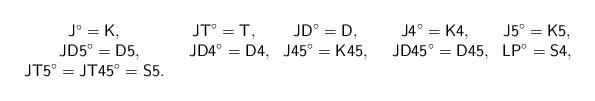
LaTeX: \begin{align*}\begin{array}{ccccc} {\sf J}^\circ={\sf K}, & {\sf JT}^\circ={\sf T}, & {\sf JD}^\circ={\sf D}, & {\sf J4}^\circ={\sf K4}, & {\sf J5}^\circ={\sf K5},\\ ~~{\sf JD5}^\circ={\sf D5}, & ~~{\sf JD4}^\circ={\sf D4},&{\sf J45}^\circ={\sf K45}, &~~{\sf JD45}^\circ={\sf D45}, &{\sf LP}^\circ={\sf S4}, \\{\sf JT5}^\circ={\sf JT45}^\circ={\sf S5}.\end{array} \end{align*}